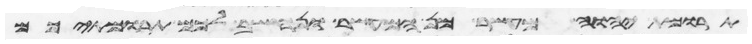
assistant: תרומת יהוה מעשר מן המעשר ונחשב לכם תרומתיכם